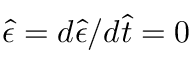
\hat { \epsilon } = d \hat { \epsilon } / d \hat { t } = 0